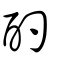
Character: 酌